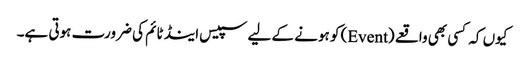
کیوں کہ کسی بھی واقعے (Event) کو ہونے کے لیے سپیس اینڈ ٹائم کی ضرورت ہوتی ہے۔